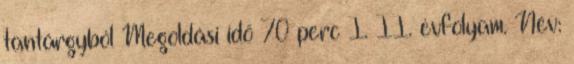
tantárgyból Megoldási idő 70 perc I. II. évfolyam. Név: